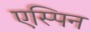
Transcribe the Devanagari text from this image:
एस्पिन